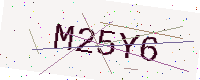
Text: M25Y6